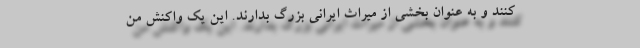
کنند و به عنوان بخشی از میراث ایرانی بزرگ بدارند. این یک واکنش من